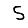
Digit: 5